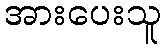
အားပေးသူ